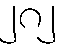
၂၈၂